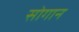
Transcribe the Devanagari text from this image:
सोगान